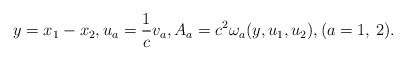
\begin{align*}y=x_1-x_2,u_a=\frac{1}{c}v_a,A_a=c^2\omega_a(y,u_1,u_2),(a=1,\, 2).\end{align*}